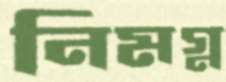
নিমগ্ন